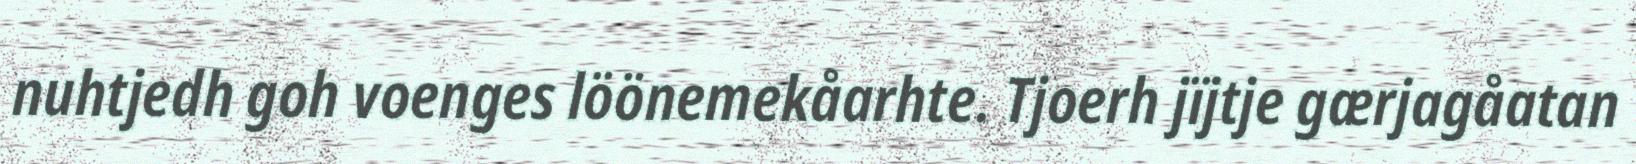
nuhtjedh goh voenges löönemekåarhte. Tjoerh jïjtje gærjagåatan